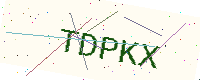
Text: TDPKX